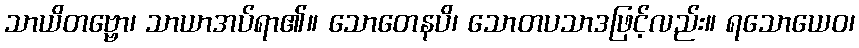
သာယိတဗ္ဗော၊ သာယာအပ်ရာ၏။ သောတေနပိ၊ သောတပသာဒဖြင့်လည်း။ ရသောယေဝ၊